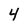
Character: 4